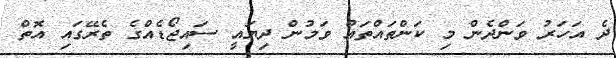
ދެ އަހަރު ވަންދެން މި ކަންތައްތައް ވަމުން ދިޔައީ ސައިޖޯޑެއްގެ ތެރޭގައި އޮތް